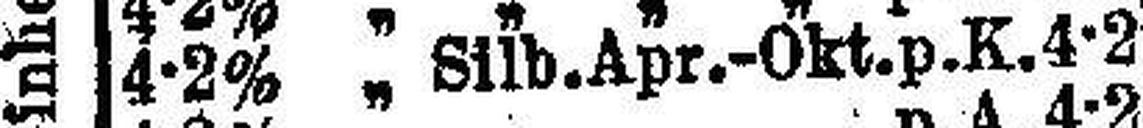
4-2% „ Silb.Apr.-Okt.p.K.4-2